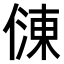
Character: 𠍀